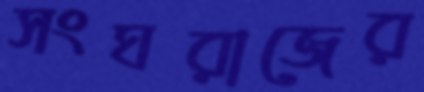
সংঘরাজের